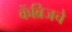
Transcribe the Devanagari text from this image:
केंब्रिजचे